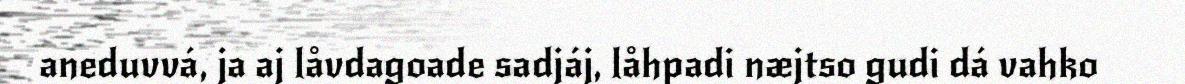
aneduvvá, ja aj låvdagoade sadjáj, låhpadi næjtso gudi dá vahko